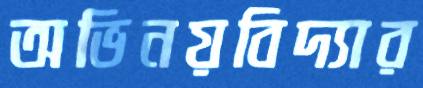
অভিনয়বিদ্যার